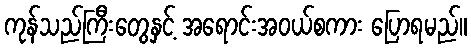
ကုန်သည်ကြီးတွေနှင့် အရောင်းအဝယ်စကား ပြောရမည်။